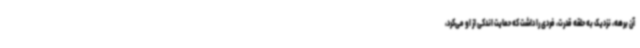
آن برهه، نزدیک به حلقه قدرت، فردی را داشت که حمایت اندکی از او می‌کرد،